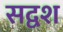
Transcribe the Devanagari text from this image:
सद्वश